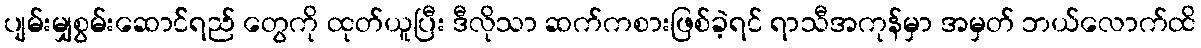
ပျမ်းမျှစွမ်းဆောင််ရည် တွေကို ထုတ်ယူပြီး ဒီလိုသာ ဆက်ကစားဖြစ်ခဲ့ရင် ရာသီအကုန်မှာ အမှတ် ဘယ်လောက်ထိ